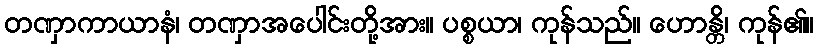
တဏှာကာယာနံ၊ တဏှာအပေါင်းတို့အား။ ပစ္စယာ၊ ကုန်သည်။ ဟောန္တိ၊ ကုန်၏။